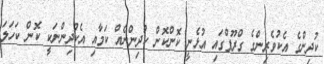
ކުދިންގެ އެކުވެރިންގެ ގްރޫޕްގައި އުޅެނީ ކޮންކޮން ކުދިންނެއް ކަމާއި އެކުދިންނަކީ ކޮން ކަހަލަ